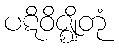
ပဋိဝိဇ္ဈိတုံ